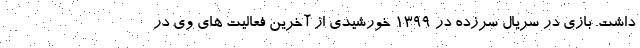
داشت. بازی در سریال سرزده در ۱۳۹۹ خورشیدی از آخرین فعالیت های وی در